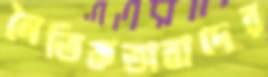
নৈতিকতাবাদের